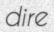
dire